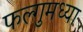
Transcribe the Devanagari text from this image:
फल्गुमध्या